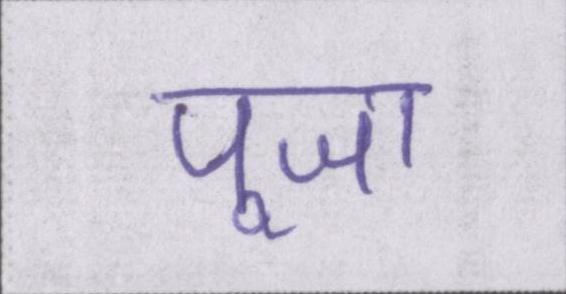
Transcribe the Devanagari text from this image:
पूजा